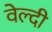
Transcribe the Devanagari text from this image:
वेल्दी